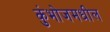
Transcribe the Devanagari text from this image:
कुंभोजमधील